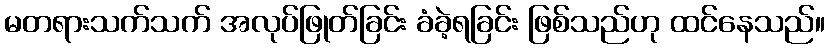
မတရားသက်သက် အလုပ်ဖြုတ်ခြင်း ခံခဲ့ရခြင်း ဖြစ်သည်ဟု ထင်နေသည်။